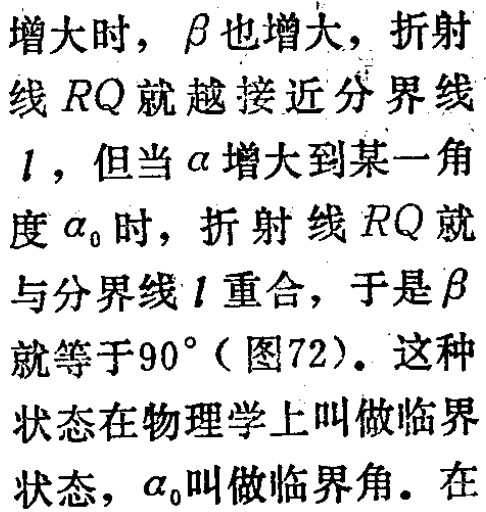
$\angle EPF = 90^{\circ}$